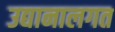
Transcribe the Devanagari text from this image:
उद्यानालगत